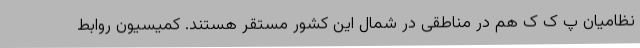
نظامیان پ ک ک هم در مناطقی در شمال این کشور مستقر هستند. کمیسیون روابط